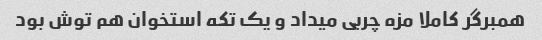
همبرگر کاملا مزه چربی میداد و یک تکه استخوان هم توش بود